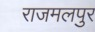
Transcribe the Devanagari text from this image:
राजमलपुर